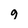
Character: g